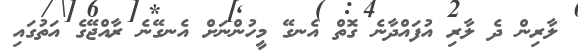
ލާރިން ދެ ލާރި އުފައްދާނެ ގޮތް އެނގޭ މީހުންނަށް އެނގޭނެ ރާއްޖޭގެ އަތުގައި